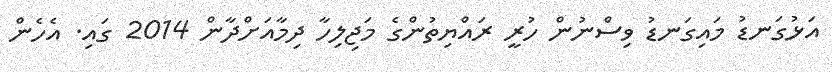
އަޅުގަނޑު މައިގަނޑު ވިސްނުން ހުރީ ރައްޔިތުންގެ މަޖިލިހާ ދިމާއަށްދާން 2014 ގައި. އެހެން